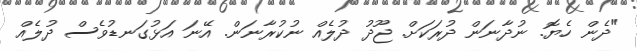
"ދެން ހެޔޮ. ނުދާނަން ދުރަކަށް. ޖޫދު ދުލެއް ނުކުރާނަން. އޭނަ އަޅުގަނޑުވެސް ދުލެއް